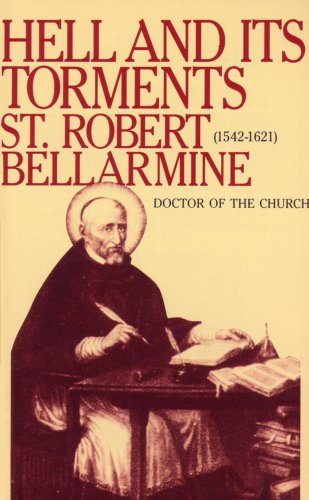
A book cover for Hell and Its Torments; St. Robert Bellarmine; Politics & Social Sciences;